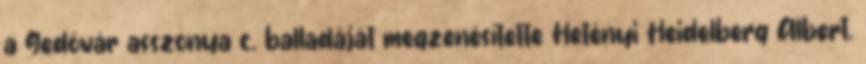
a Gedővár asszonya c. balladáját megzenésítette Hetényi Heidelberg Albert.